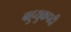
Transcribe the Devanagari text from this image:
बहुयुकपदी